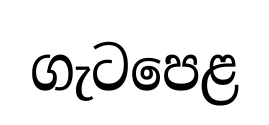
ගැටපෙළ